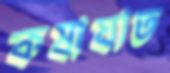
কষাঘাত